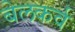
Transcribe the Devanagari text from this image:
बेलकर्व